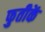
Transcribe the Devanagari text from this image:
फुतीकें